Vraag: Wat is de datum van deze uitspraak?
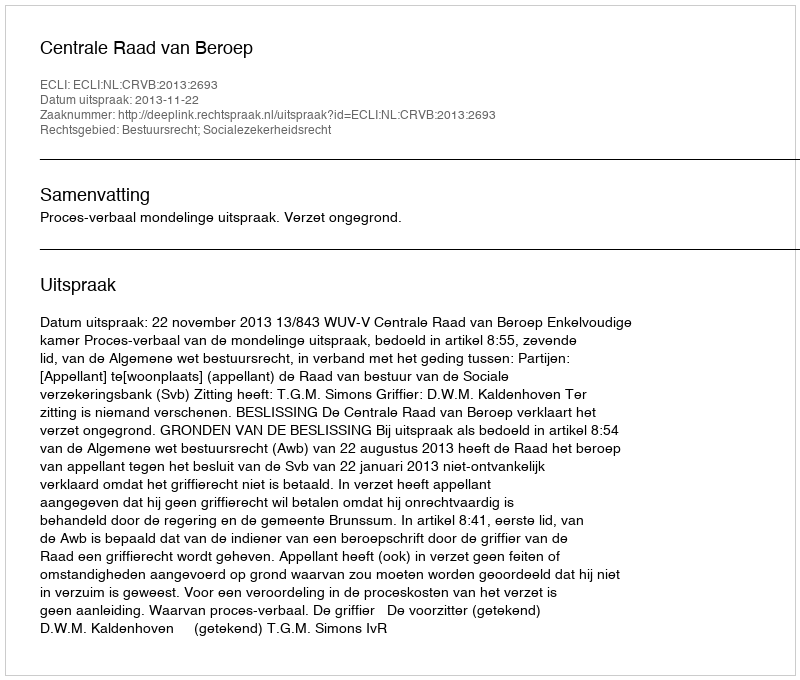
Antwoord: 2013-11-22